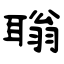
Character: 聬